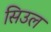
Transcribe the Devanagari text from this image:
सिउल